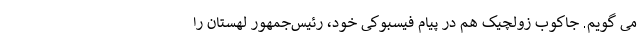
می گویم. جاکوب زولچیک هم در پیام فیسبوکی خود، رئیس‌جمهور لهستان را